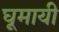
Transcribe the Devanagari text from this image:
घूमायी